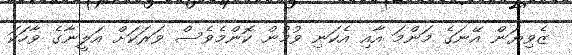
ޒެވިޔަން އޭނަގެ މަންމަ އާއި އެކަނި ވުމުން ކޮންމެވެސް ވަރަކަށް އަލީނާގެ ވާހަކަ